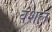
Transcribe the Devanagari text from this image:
वंशल